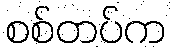
စစ်တပ်က